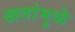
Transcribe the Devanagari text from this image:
खतांमुळे